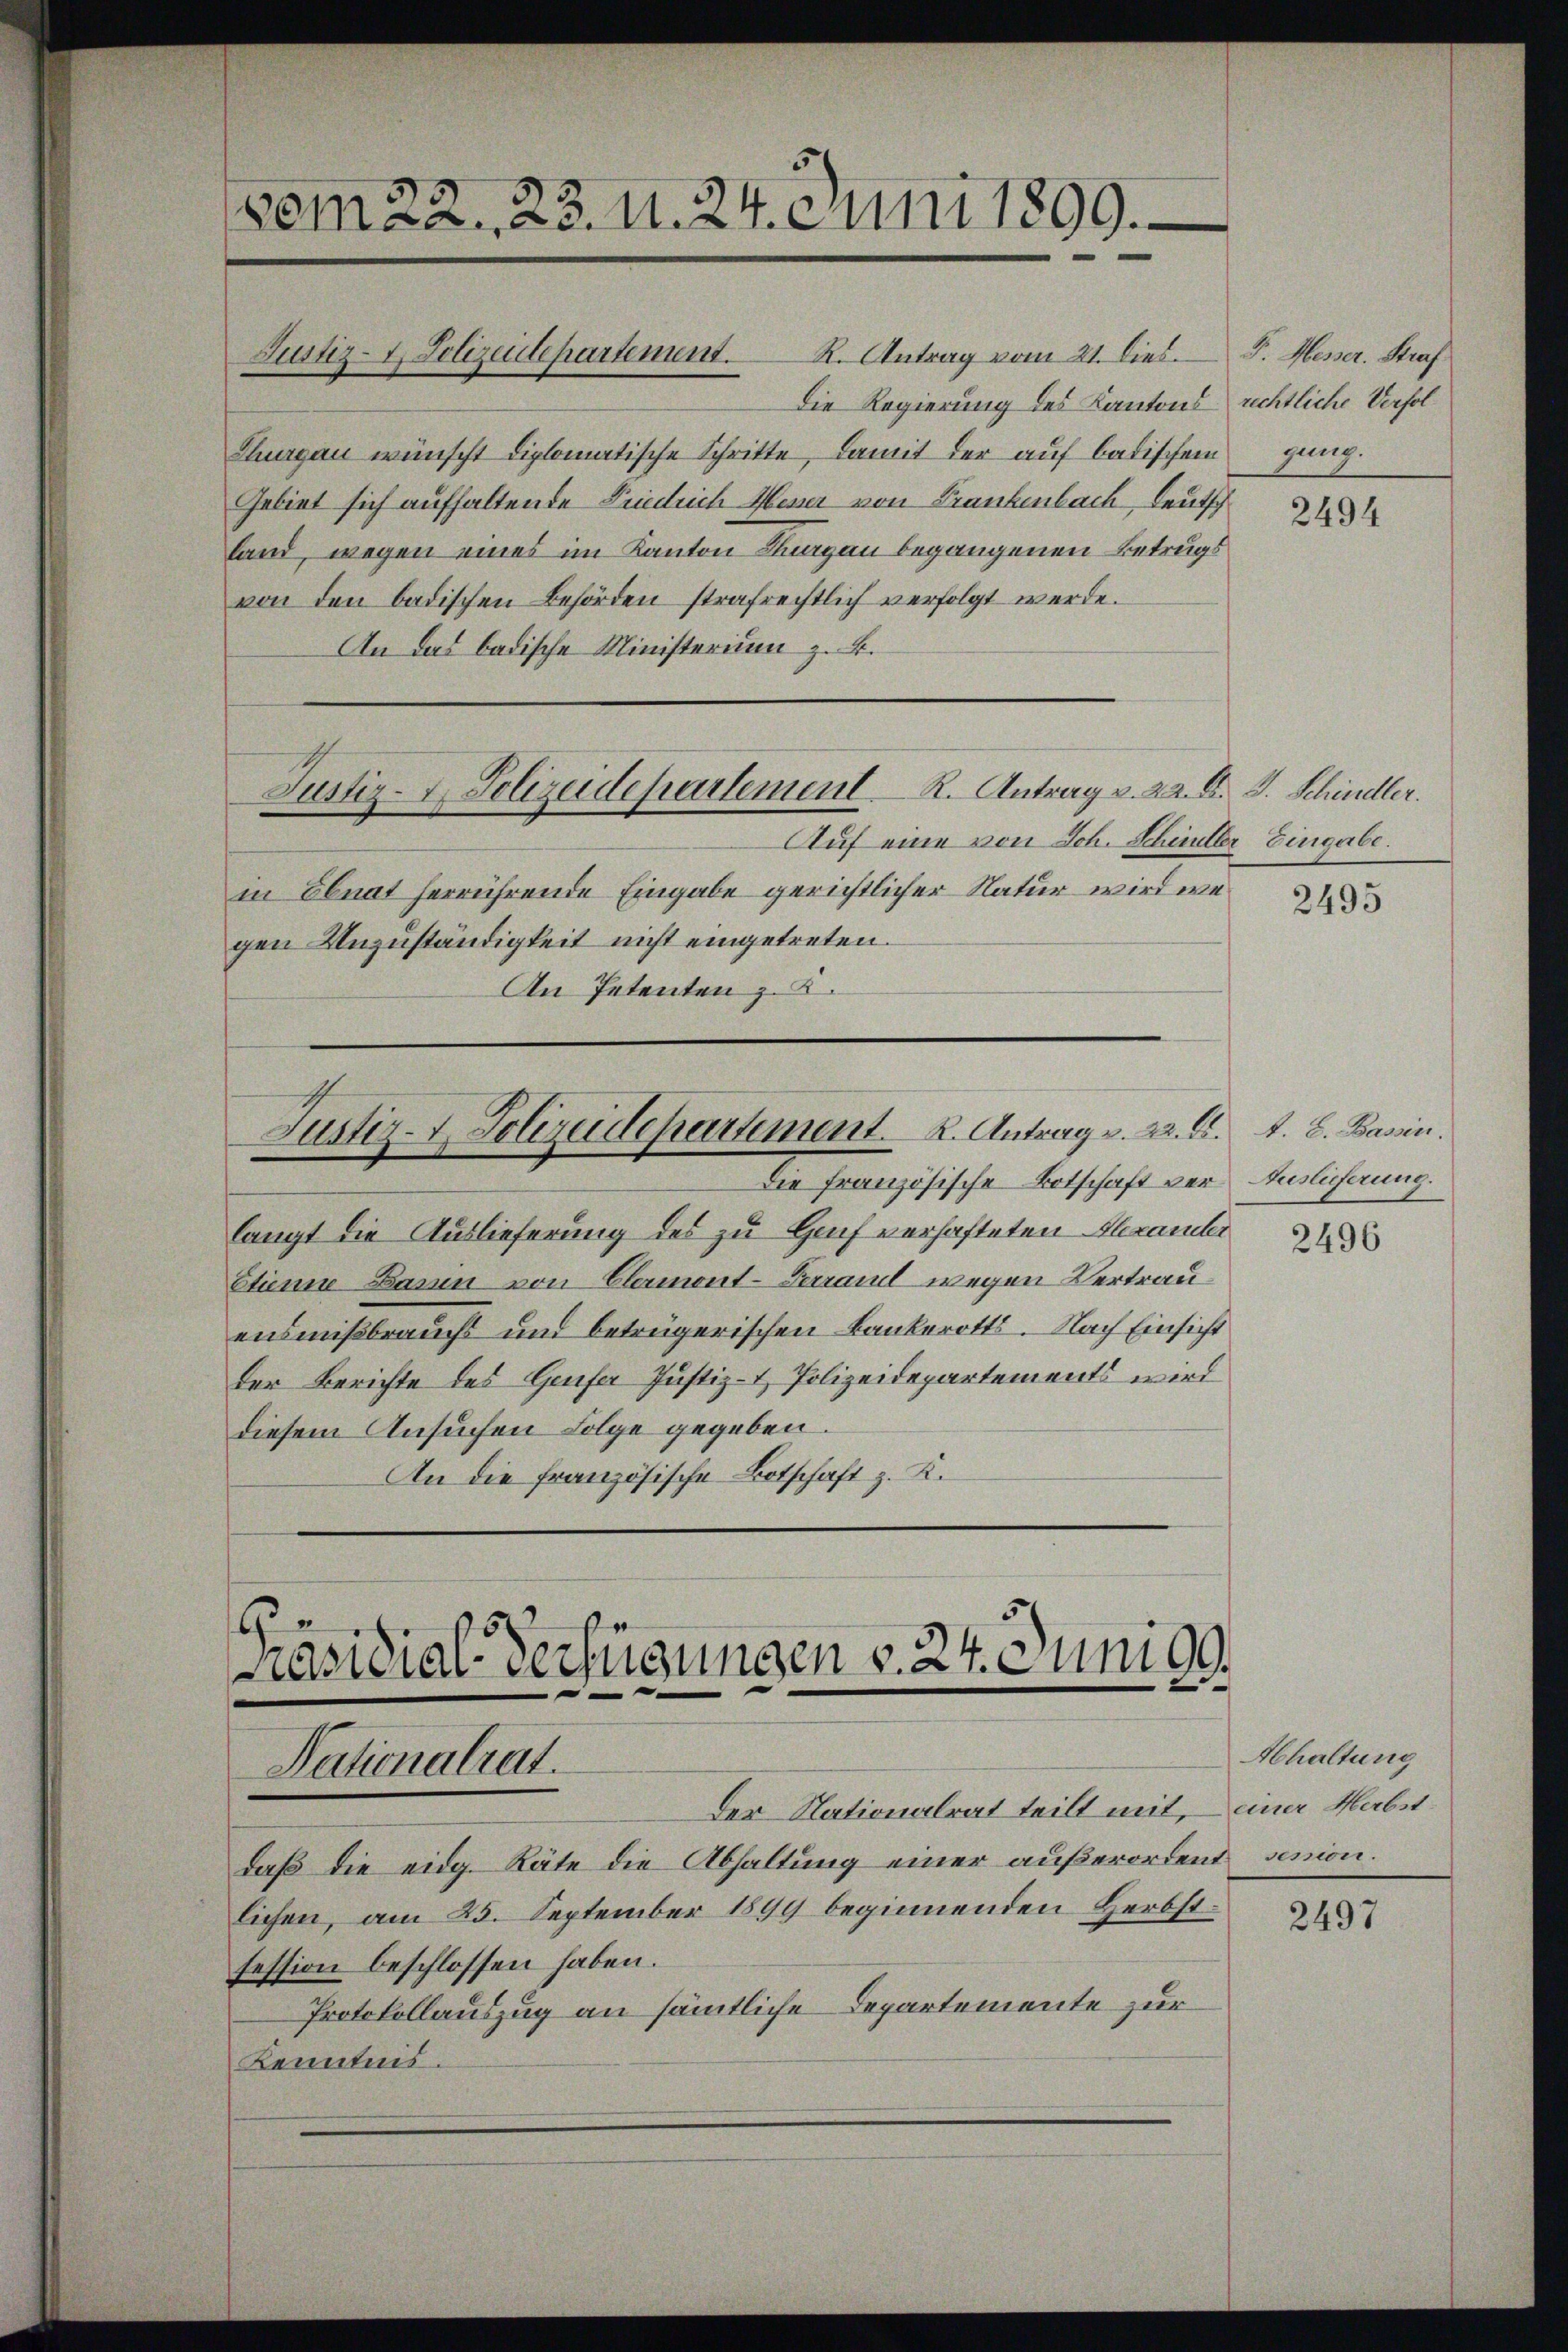
vom 22. 23. u. 24. c uni 1899.

Justiz- & Polizeidepartement. R. Antrag vom 21. Dies. P. Messer. Straf
Die Regierung des Kantons rechtliche Verfol¬
Thurgau wünscht diplomatische Schritte, damit der auf badischen
Gebiet sich aufhaltende Friedrich Messer von Frankenbach Leutsch
land, wegen eines im Kanton Thurgau begangenen Betrugs
von den badischen Behörden strafrechtlich verfolgt werde.
An das badische Ministerium z. B.
Auf eine von Sch. Schüller Eingabe.
in Ebnat herrührende Eingabe gerichtlicher Natur wird wegen Unzuständigkeit nicht eingetreten.
An Petenten z. B.
Justiz- & Polizeidepartement. 2. Antrag v. 22. A. A. E. Bassin.
Die Französische Botschaft vor Auslicherung.
langt die Auslieferung des zu Hanf verhafteten Heramter
Etienne Basen von Elermont-Terraul wegen Vertrauensmißbrauchs und betrügerischen Bankerotts. Nach Einsicht
der Berichte des Genfer Justiz- & Polizeidepartements wird
diesem Ansuchen Folge gegeben
An die französische Botschaft z. K.

Justiz- & Polizeidepartement R. Antrag v. 22. F. J. Schindler.

Präsidial-Verfügungen v. 24. Junige
Nationalrat.
Der Nationalrat teilt mit, – einer Habit¬

daß die eidg. Räte die Abhaltung einer außerordent senion.
lichen, am 25. September 1899 beginnenden Herbstfession beschlossen haben.
Protokollauszug an sämtliche Departemente zur
Kenntnis.

gung.

2494

2495

2496

Abhaltung

2497